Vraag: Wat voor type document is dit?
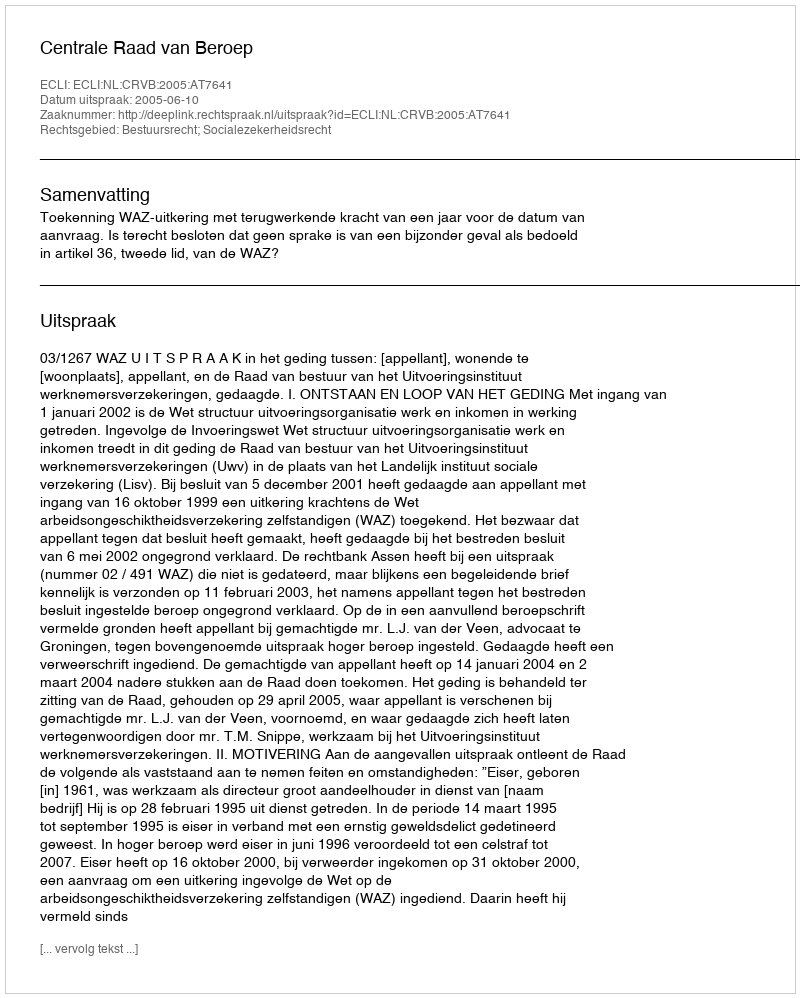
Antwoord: Uitspraak